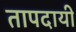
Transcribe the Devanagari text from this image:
तापदायी